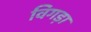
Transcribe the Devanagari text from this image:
विगड़ा